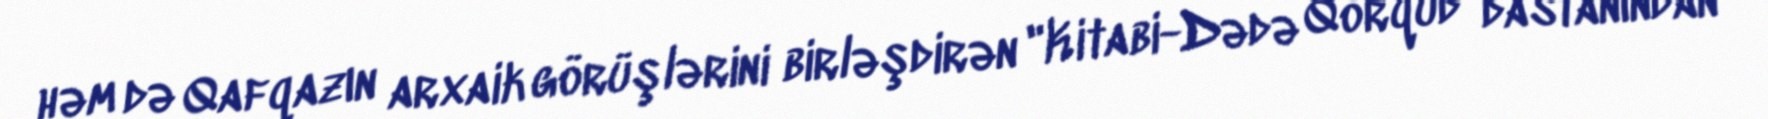
həm də Qafqazın arxaik görüşlərini birləşdirən "Kitabi-Dədə Qorqud" dastanından